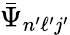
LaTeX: \bar{\Psi}_{n^{\prime}\ell^{\prime}j^{\prime}}